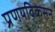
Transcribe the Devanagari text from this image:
प्रणयविकसन